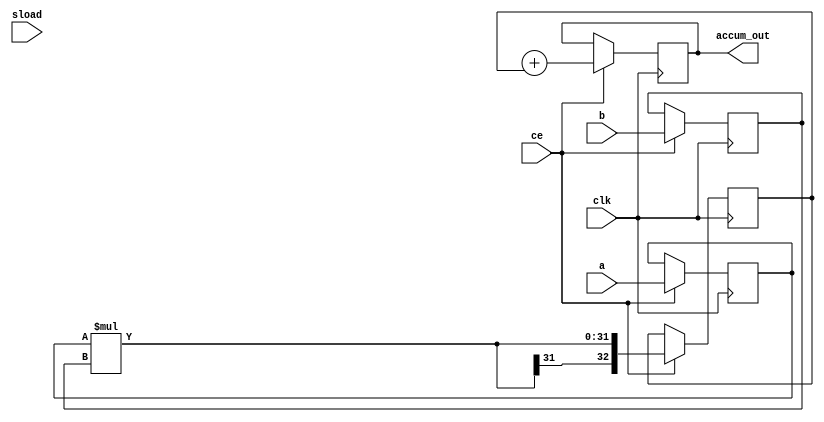
// Signed 40-bit streaming accumulator with 16-bit inputs

module macc  # (
                parameter SIZEIN = 16, SIZEOUT = 40
               )
               (
                input clk, ce, sload,
                input signed  [SIZEIN-1:0]  a, b,
                output signed [SIZEOUT-1:0] accum_out
               );

   // Declare registers for intermediate values
reg signed [SIZEIN-1:0]  a_reg, b_reg;
reg                      sload_reg;
reg signed [2*SIZEIN:0]  mult_reg;
reg signed [SIZEOUT-1:0] adder_out, old_result;

//always @(adder_out or sload_reg)
//begin
//  if (sload_reg)
//    old_result <= 0;
//  else
//   // 'sload' is now active (=low) and opens the accumulation loop.
//   // The accumulator takes the next multiplier output in
//   // the same cycle.
//    old_result <= adder_out;
//end

always @(posedge clk)
 if (ce)
   begin
      a_reg <= a;
      b_reg <= b;
      mult_reg <= a_reg * b_reg;
      sload_reg <= sload;
      // Store accumulation result into a register
      adder_out <= old_result + mult_reg;
   end

// Output accumulation result
assign accum_out = adder_out;

endmodule // macc